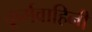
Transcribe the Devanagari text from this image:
कूर्मवाहिनी